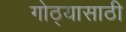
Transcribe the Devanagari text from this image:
गोठ्यासाठी